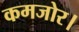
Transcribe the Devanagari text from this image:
कमजोर।